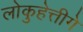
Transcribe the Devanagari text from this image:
लोकुहेत्तीगे